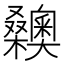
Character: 𣡉